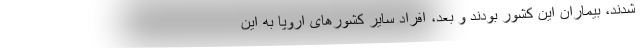
شدند، بیماران این کشور بودند و بعد، افراد سایر کشورهای اروپا به این